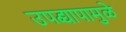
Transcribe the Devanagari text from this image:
उपद्व्यापामुळे